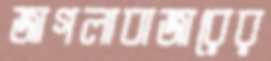
জাগলাবাজারের